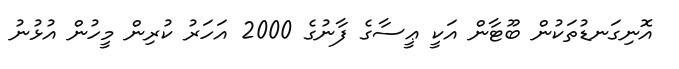
އޮނިގަނޑުތަކުން ބޫޓާން އަކީ ޢީސާގެ ފާނުގެ 2000 އަހަރު ކުރިން މީހުން އުޅުނު